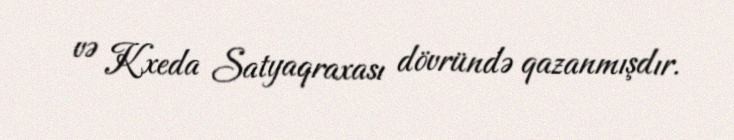
və Kxeda Satyaqraxası dövründə qazanmışdır.